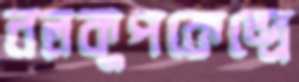
নলকূপকেন্দ্রে